Indian journal of veterinary science and animal husbandry - Volume 14,
Year: 1944
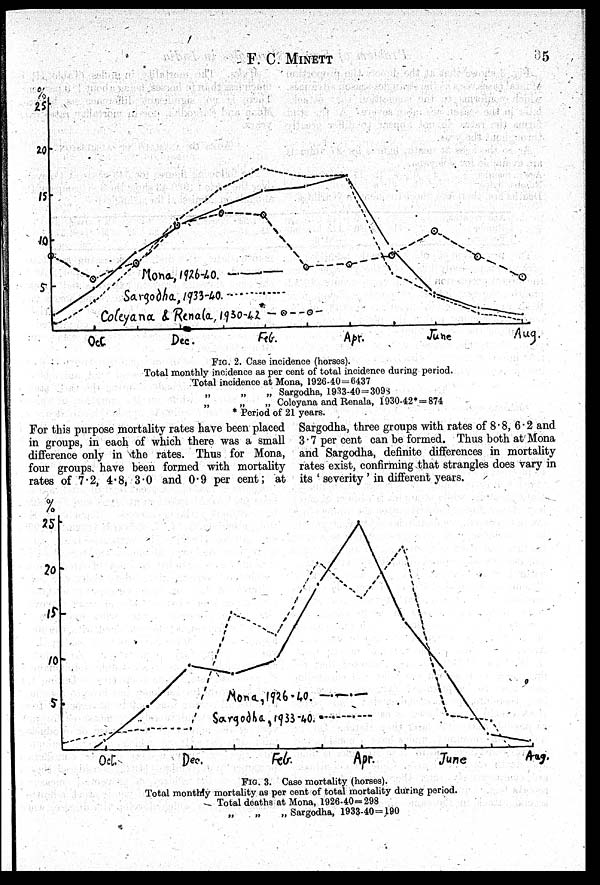
F. C. MINETT
5
FIG. 2. Case incidence (horses).
Total monthly incidence as per cent of total incidence during period.
Total incidence at Mona, 1926-40=6437
„
„
„ Sargodha, 1933-40=3098
„
„
„ Coleyana and Renala, 1930-42*=874
* Period of 21 years.
For this purpose mortality rates have been placed
in groups, in each of which there was a small
difference only in the rates. Thus for Mona,
four groups have been formed with mortality
rates of 7.2, 4.8, 3.0 and 0.9 per cent; at
Sargodha, three groups with rates of 8.8, 6.2 and
3.7 per cent can be formed. Thus both at Mona
and Sargodha, definite differences in mortality
rates exist, confirming that strangles does vary in
its 'severity' in different years.
FIG. 3. Case mortality (horses).
Total monthly mortality as per cent of total mortality during period.
Total deaths at Mona, 1926-40=29 8
„ Sargodha. 1933-40=190